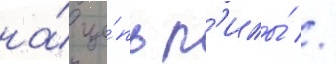
на́ це́пь п'илы́ //